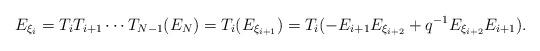
LaTeX: \begin{align*}E_{\xi_{i}}= T_{i} T_{i + 1} \cdots T_{N - 1}(E_{N})= T_{i}(E_{\xi_{i + 1}})= T_{i}(-E_{i + 1} E_{\xi_{i + 2}} + q^{-1}E_{\xi_{i + 2}} E_{i + 1}).\end{align*}